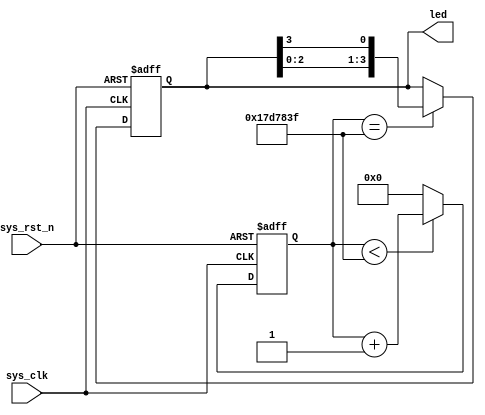
// Design 4-bit flow led
module flow_led(input sys_clk,         // system clock
                input sys_rst_n,       // reset signal, low active
                output reg [3:0] led);
    
    reg [24:0] cnt;
    
    
    // count every 0.5s
    
    always @(posedge sys_clk or negedge sys_rst_n) begin
        if (!sys_rst_n)
            cnt <= 25'd0;
        else if (cnt < (25'd25000000 - 25'd1)) // if cnt > 24999999, set cnt = 0
        //  else if (cnt < (25'd25 - 25'd1)) // if cnt > 24999999, set cnt = 0
            cnt <= cnt + 25'd1;
        else
            cnt <= 25'd0;
    end
    
    // led 
    
    always @(posedge sys_clk or negedge sys_rst_n) begin
        if (!sys_rst_n)
            led <= 4'b0001;
        else if (cnt == (25'd25000000 - 25'd1))
        // else if (cnt == (25'd25 - 25'd1))
            led <= {led[2:0],led[3]}; // let the MSB become LSB, and the lower 3bits left shift 3 bits
        else
            ;
    end
endmodule